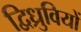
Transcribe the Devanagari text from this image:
द्विध्रुवियों